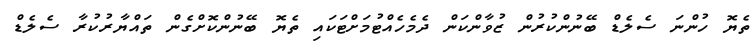
ތެޔޮ ހުންނަ ސެލެޑް ބޭނުންކުރުން ޒުވާންކަން ދެމެހެއްޓުމަށްޓަކައި ތެޔޮ ބޭނުންކޮށްގެން ތައްޔާރުކުރާ ސެލެޑް